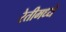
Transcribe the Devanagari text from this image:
रेतीमध्ये